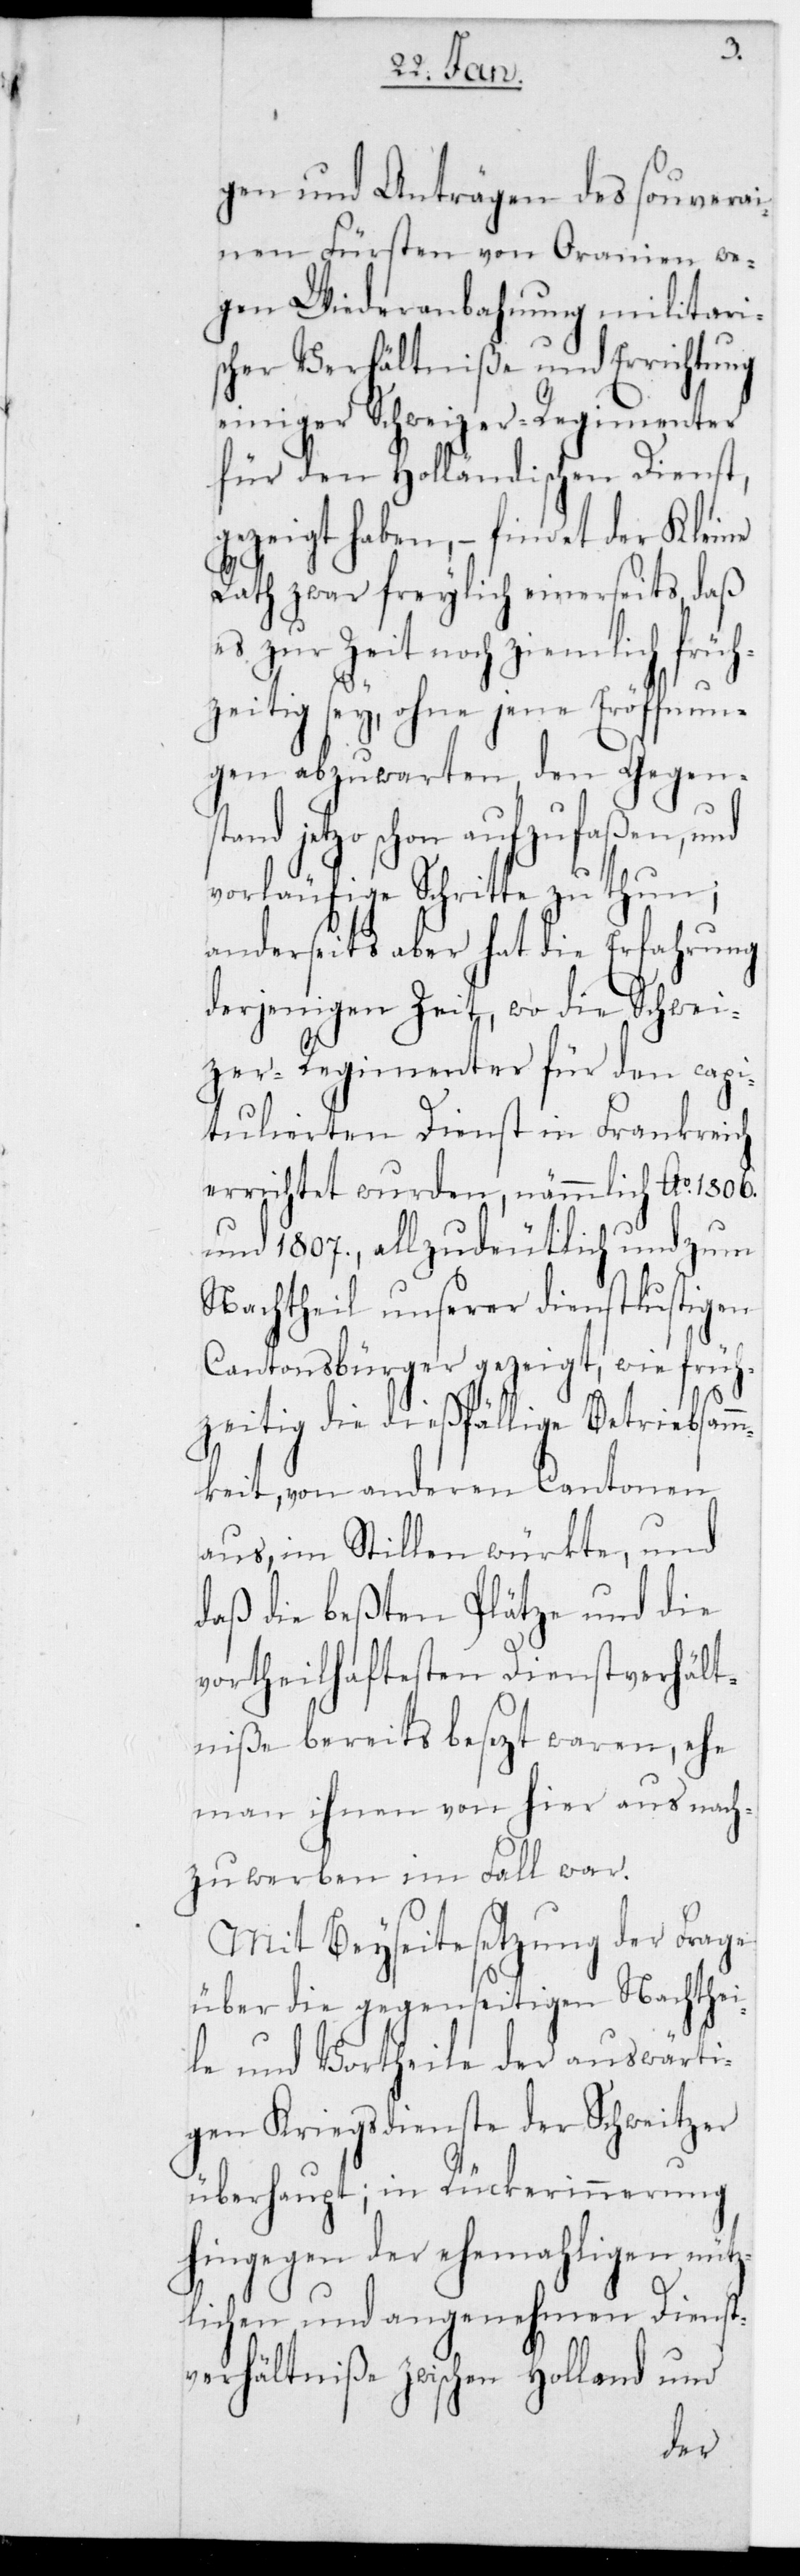
gen und Anträgen des souverai¬
nen Fürsten von Oranien we¬
gen Wiederanbahnung militari¬
scher Verhältniße und Errichtung
einiger Schweizer-Regimenter
für den Holländischen Dienst,
gezeigt haben, – findet der Kleine
Rath zwar freylich einerseits, daß
es zur Zeit noch ziemlich frü¬
hzeitig sey, ohne jene Eröffnun¬
gen abzuwarten, den Gegenst¬
and jetzo schon aufzufaßen, und
vorläufige Schritte zu thun;
anderseits aber hat die Erfahrung
derjenigen Zeit, wo die Schwei¬
zer-Regimenter für den capi¬
tulierten Dienst in Frankreich
errichtet wurden, nämmlich Ao. 1806.
und 1807., allzudeutlich und zum
Nachtheil unserer dienstlustigen
Cantonsbürger gezeigt, wie früh¬
zeitig die dießfällige Betriebsam¬
mkeit, von anderen Cantonen
aus, im Stillen würkte, und
daß die beßten Plätze und die
vortheilhaftesten Dienstverhält¬
niße bereits besezt waren, ehe
man ihnen von hier aus nach¬
zuwerben im Fall war.
Mit Beyseitesetzung der Frage
über die gegenseitigen Nachthei¬
le und Vortheile der auswärti¬
gen Kriegsdienste der Schweitzer
überhaupt; in Rückerinnerung
hingegen der ehemaligen nütz¬
lichen und angenehmen Dienst¬
verhältniße zwischen Holland und